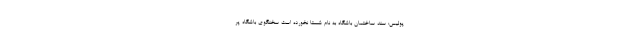
پولیس: سند ساختمان باشگاه به نام شستا نخورده است سخنگوی باشگاه پر